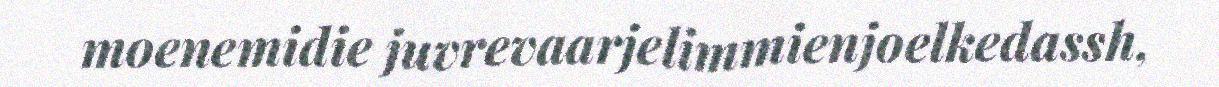
moenemidie juvrevaarjelimmienjoelkedassh,